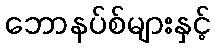
ဘောနပ်စ်များနှင့်